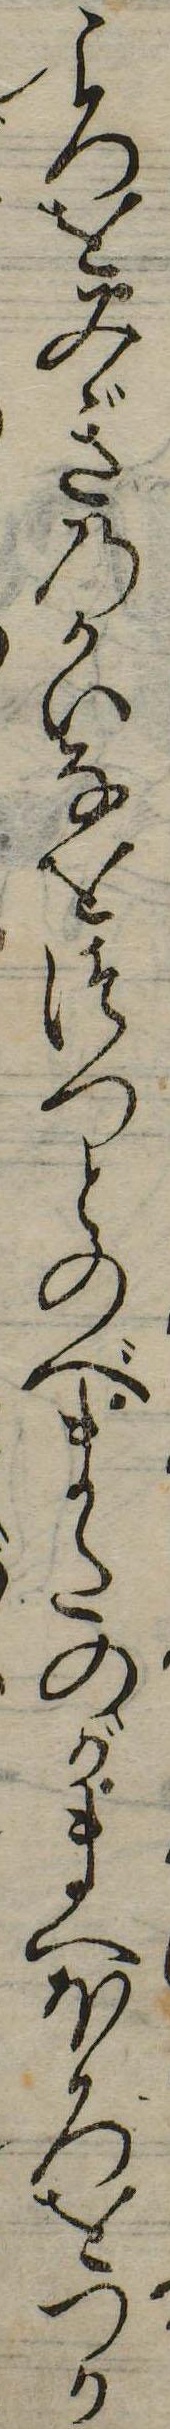
ころをみぎのかいなをつつとのべまたのがまへほろをつか